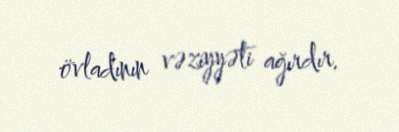
övladının vəziyyəti ağırdır.